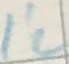
Text: I'2